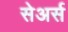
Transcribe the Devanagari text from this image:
सेअर्स